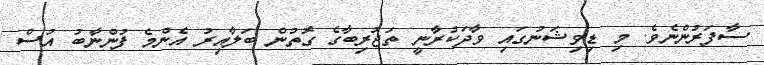
ސާފަރުންނެވެ. މި ޑިވިޝަނުގައި ވާދަކުރާނީ ތަޖުރިބާގެ ގޮތުން ބަލާއިރު އެންމެ ފުންނާބު އުސް